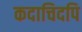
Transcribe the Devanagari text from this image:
कदाचिदपि